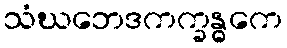
သံဃဘေဒကက္ခန္ဓကေ